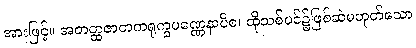
အားဖြင့်။ အတတ္ထဇာတကရုက္ခပဏ္ဏေနာပိစ၊ ထိုသစ်ပင်၌ဖြစ်ဆဲမဟုတ်သော